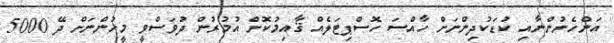
އަންހެނުންނާއި ކުޑަކުދިންނަށް ހާއްސަ ހޮސްޕިޓަލެއް ޤާއިމުކޮށް އުމުރުން ދުވަސްވީ މީހުންނަށް ދޭ 5000